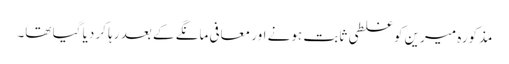
مذکورہ میرین کو غلطی ثابت ہونے اور معافی مانگے کے بعد رہا کر دیا گیا تھا۔